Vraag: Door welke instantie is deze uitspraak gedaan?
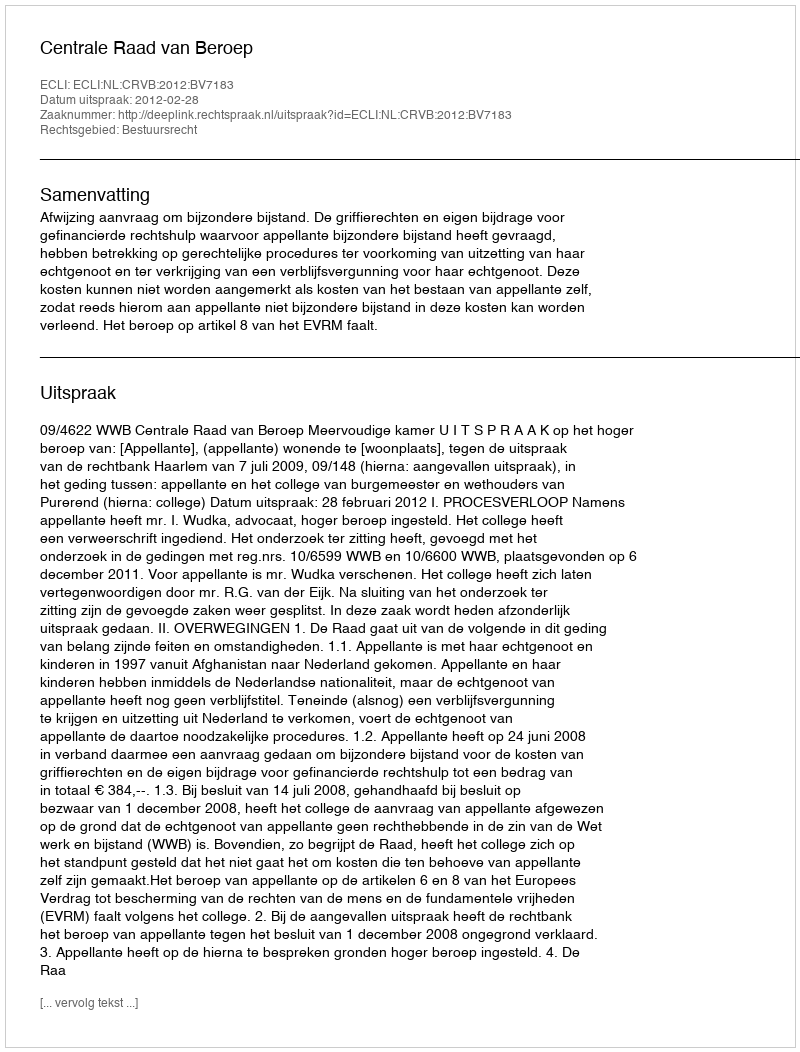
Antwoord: Centrale Raad van Beroep